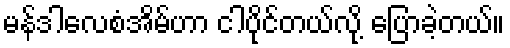
မန်ဒါလေစံအိမ်ဟာ ငါပိုင်တယ်လို့ ပြောခဲ့တယ်။